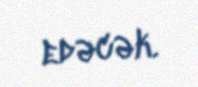
edəcək.